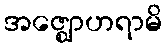
အဇ္ဈောဟရာမိ